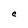
Character: C